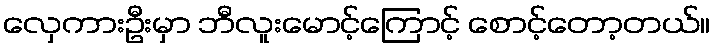
လှေကားဦးမှာ ဘီလူးမောင့်ကြောင့် စောင့်တော့တယ်။